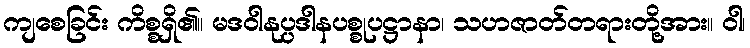
ကျစေခြင်း ကိစ္စရှိ၏။ မဒဝါနုပ္ပဒါနပစ္စုပဋ္ဌာနာ၊ သဟဇာတ်တရားတို့အား။ ဝါ၊